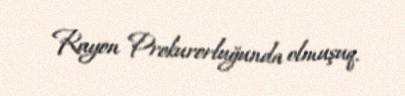
Rayon Prokurorluğunda olmuşuq.